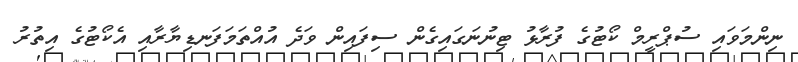
ނިންމަވައި ސުޕްރީމް ކޯޓުގެ ފުރާޅު ޓިނުނަގައިގެން ސިފައިން ވަދެ އުއްތަމަފަނޑިޔާރާއި އެކޯޓުގެ އިތުރު